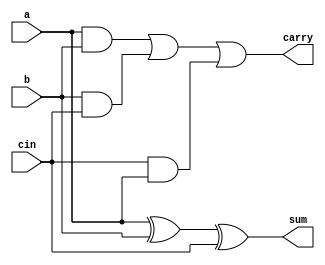
/* Assignment No.: 5
   Problem No.: 3
   Semester: 5
   Group No.: G18
   Names: Debajyoti Kar (18CS10011), Sagnik Roy (18CS10063) */

//Module for fulladder
module fulladder(input a, input b, input cin, output sum, output carry);
    wire temp1, temp2, temp3;
    xor(sum, a, b, cin);                         //sum = a ^ b ^ c
    and(temp1, a, b);
    and(temp2, b, cin);
    and(temp3, cin, a);
    or(carry, temp1, temp2, temp3);              //carry = ab + bc + ca
endmodule


//Module for 4-bit ripple carry adder
module ripple_carry_adder(input [3:0]a, input [3:0]b, input cin, output [3:0]sum, output cout);
    wire [4:0]temp;
    genvar i;
    generate
        for(i = 0; i <= 3; i = i + 1)
            begin
                fulladder fa(.a(a[i]), .b(b[i]), .cin(temp[i]), .sum(sum[i]), .carry(temp[i+1]));
            end
    endgenerate
    assign temp[0] = cin;
    assign cout = temp[4];
endmodule


//Module for 2X1 Multiplexer
module MUX(input sel, input i0, input i1, output Y);
    assign Y = sel ? i1 : i0;
endmodule


//Module for the building block of the carry select adder
module carry_select_unit(input [3:0]a, input [3:0]b, input cin, output [3:0]sum, output cout);
    wire [3:0]sum1;
    wire [3:0]sum2;
    wire cout1;
    wire cout2;
    genvar i;

    //There are 2 4-bit ripple carry adders, one producing the sum with input carry 0 and the other with input carry 1
    ripple_carry_adder rca1(.a(a), .b(b), .cin(1'b0), .sum(sum1), .cout(cout1));
    ripple_carry_adder rca2(.a(a), .b(b), .cin(1'b1), .sum(sum2), .cout(cout2));
    generate
        for(i = 0; i <= 3; i = i + 1)
            begin
                //Multiplexers to select the desired sum based on the actual input carry to the unit
                MUX mux(.sel(cin), .i0(sum1[i]), .i1(sum2[i]), .Y(sum[i]));
            end
    endgenerate

    //Multiplexer to generate the output carry of the unit
    MUX mux1(.sel(cin), .i0(cout1), .i1(cout2), .Y(cout));
endmodule


//Module for carry select adder
module carry_select_adder(input [15:0]a, input [15:0]b, input cin, output [15:0]sum, output cout);
    wire temp1, temp2, temp3;

    //For the lowermost 4 bits, one ripple carry adder is sufficient
    ripple_carry_adder rca(.a(a[3:0]), .b(b[3:0]), .cin(cin), .sum(sum[3:0]), .cout(temp1));
    
    //For the higher 12 bits, we need 3 carry select units, each generating 4 bits of the sum
    carry_select_unit csa1(.a(a[7:4]), .b(b[7:4]), .cin(temp1), .sum(sum[7:4]), .cout(temp2));
    carry_select_unit csa2(.a(a[11:8]), .b(b[11:8]), .cin(temp2), .sum(sum[11:8]), .cout(temp3));
    carry_select_unit csa3(.a(a[15:12]), .b(b[15:12]), .cin(temp3), .sum(sum[15:12]), .cout(cout));
endmodule